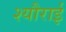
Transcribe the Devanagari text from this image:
श्यौराई